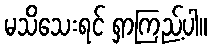
မသိသေးရင် ရှာကြည့်ပါ။